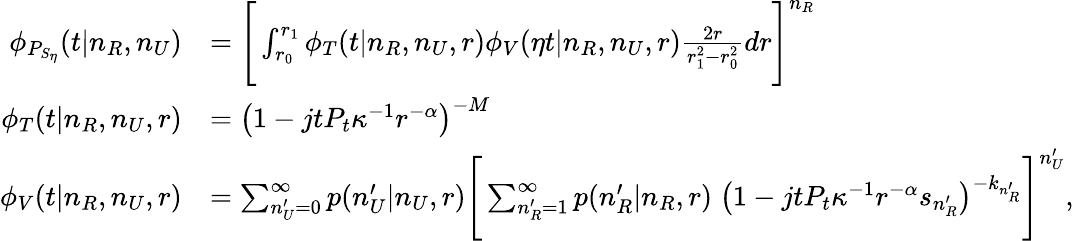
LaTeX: \begin{array}{rl}{\phi_{P_{S_{\eta}}}(t|n_{R},n_{U})}&{=\Bigg[\int_{r_{0}}^{r_{1}}\phi_{T}(t|n_{R},n_{U},r)\phi_{V}(\eta t|n_{R},n_{U},r)\frac{2r}{r_{1}^{2}-r_{0}^{2}}dr\Bigg]^{n_{R}}}\\ {\phi_{T}(t|n_{R},n_{U},r)}&{=\big(1-jtP_{t}\kappa^{-1}r^{-\alpha}\big)^{-M}}\\ {\phi_{V}(t|n_{R},n_{U},r)}&{=\sum_{n_{U}^{\prime}=0}^{\infty}p(n_{U}^{\prime}|n_{U},r)\Bigg[\sum_{n_{R}^{\prime}=1}^{\infty}p(n_{R}^{\prime}|n_{R},r)\; \big(1-jtP_{t}\kappa^{-1}r^{-\alpha}s_{n_{R}^{\prime}}\big)^{-k_{n_{R}^{\prime}}}\Bigg]^{n_{U}^{\prime}},}\end{array}